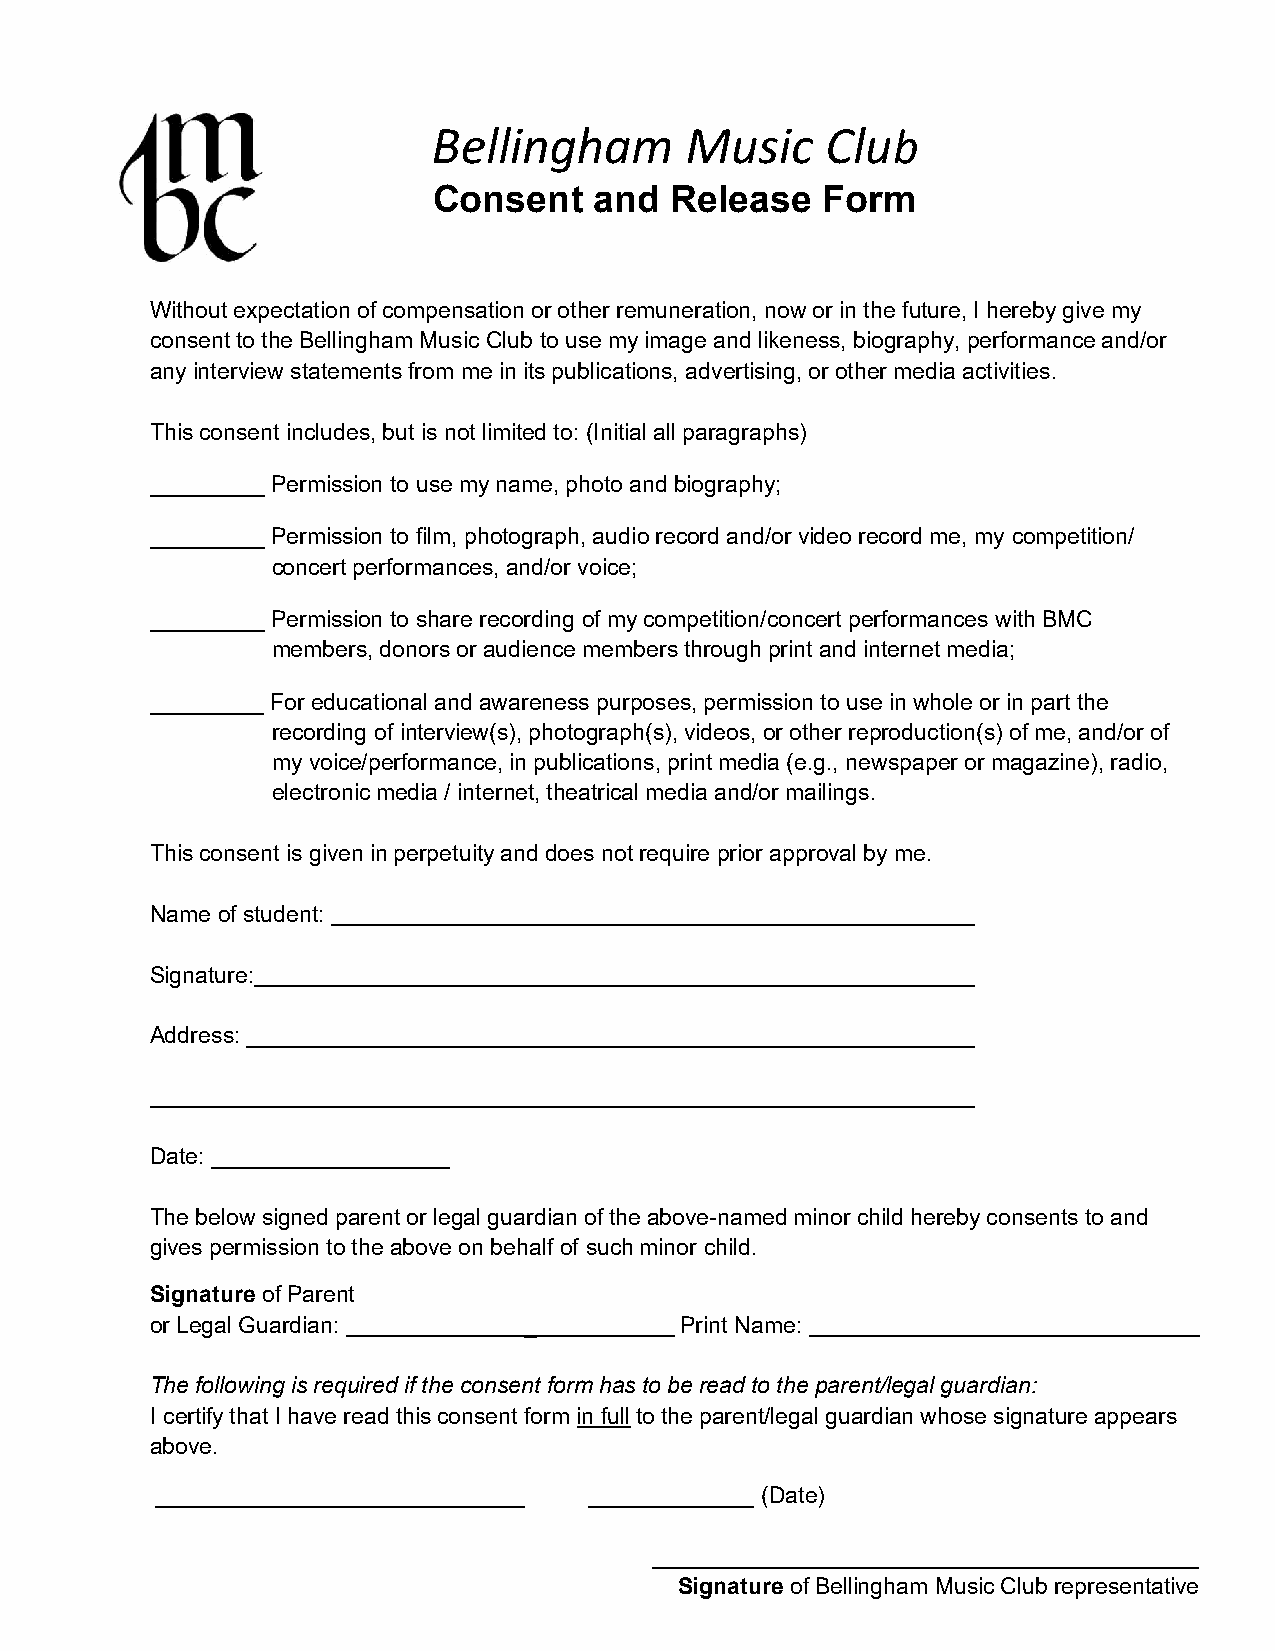
Bellingham      Music     Club
 Consent   and  Release   Form
 Without expectation of compensation or other remuneration, now or in the future, I hereby give my
 consent to the Bellingham Music Club to use my image and likeness, biography, performance and/or
 any interview statements from me in its publications, advertising, or other media activities.
 This consent includes, but is not limited to: (Initial all paragraphs)
 _________ Permission to use my name, photo and biography;
 _________ Permission to film, photograph, audio record and/or video record me, my competition/
 concert performances, and/or voice;
 _________ Permission to share recording of my competition/concert performances with BMC
 members, donors or audience members through print and internet media;
 _________ For educational and awareness purposes, permission to use in whole or in part the
 recording of interview(s), photograph(s), videos, or other reproduction(s) of me, and/or of
 my voice/performance, in publications, print media (e.g., newspaper or magazine), radio,
 electronic media / internet, theatrical media and/or mailings.
 This consent is given in perpetuity and does not require prior approval by me.
 Name of student:
 Signature:
 Address:
 Date:
 The below signed parent or legal guardian of the above-named minor child hereby consents to and
 gives permission to the above on behalf of such minor child.
 Signature of Parent
 or Legal Guardian:       _         Print Name:
 The following is required if the consent form has to be read to the parent/legal guardian:
 I certify that I have read this consent form in full to the parent/legal guardian whose signature appears
 above.
 _____________________________ _____________ (Date)
 ___________________________________________
 Signature of Bellingham Music Club representative